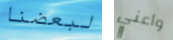
لبعضنا وأعني